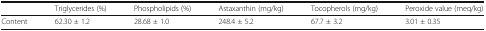
|  | Triglycerides (%) | Phospholipids (%) | Astaxanthin (mg/kg) | Tocopherols (mg/kg) | Peroxide value (meq/kg) |
 | --- | --- | --- | --- | --- | --- |
 | Content | 62.30 ± 1.2 | 28.68 ± 1.0 | 248.4 ± 5.2 | 67.7 ± 3.2 | 3.01 ± 0.35 |